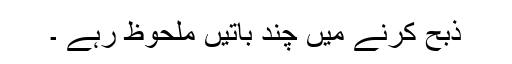
ذبح کرنے میں چند باتیں ملحوظ رہے ۔